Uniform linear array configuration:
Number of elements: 48
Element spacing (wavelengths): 0.25
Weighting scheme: cosine
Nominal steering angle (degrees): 15
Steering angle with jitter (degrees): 14.577
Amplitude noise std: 0.05
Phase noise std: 0.05

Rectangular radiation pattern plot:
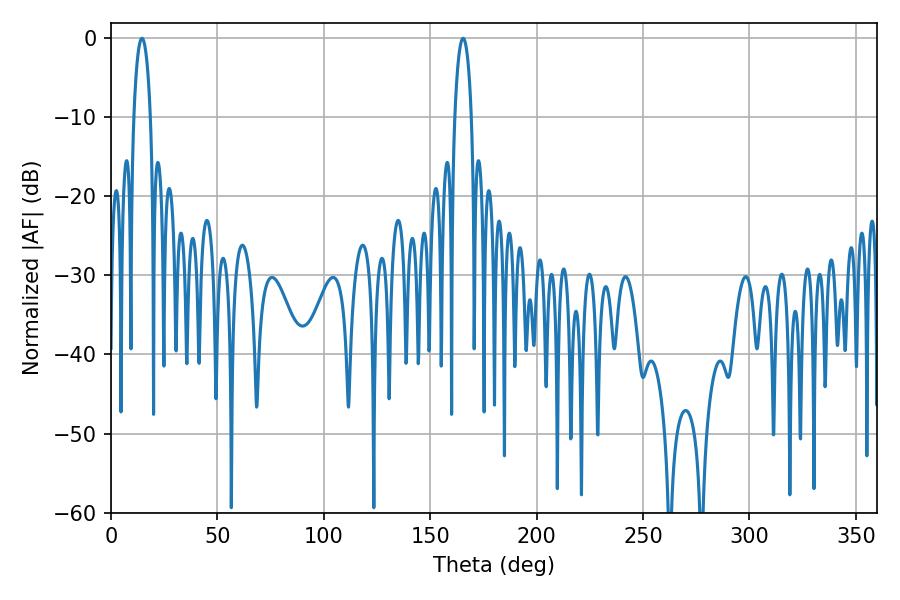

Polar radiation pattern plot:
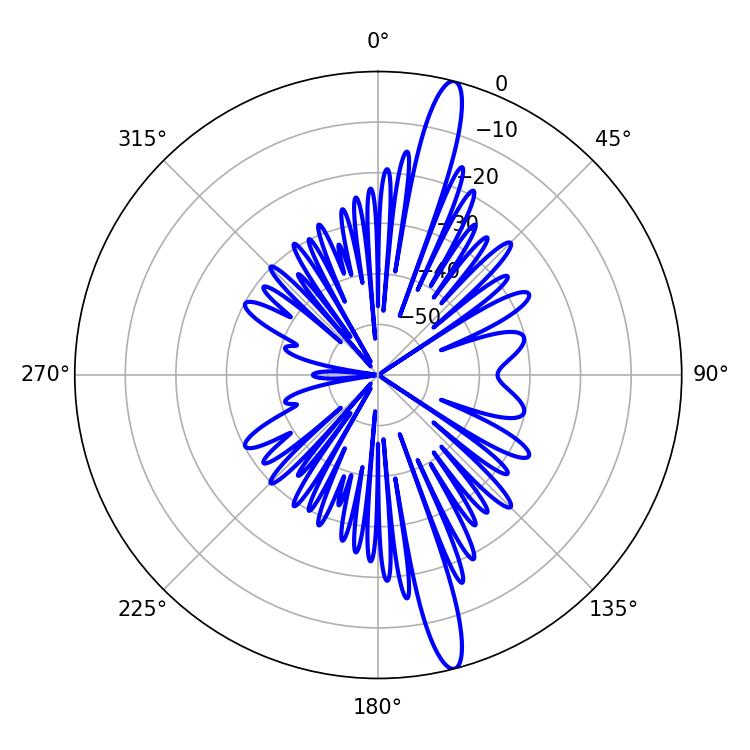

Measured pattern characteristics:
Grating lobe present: FALSE
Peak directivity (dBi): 16.556
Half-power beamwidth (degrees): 4.32
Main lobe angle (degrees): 14.58